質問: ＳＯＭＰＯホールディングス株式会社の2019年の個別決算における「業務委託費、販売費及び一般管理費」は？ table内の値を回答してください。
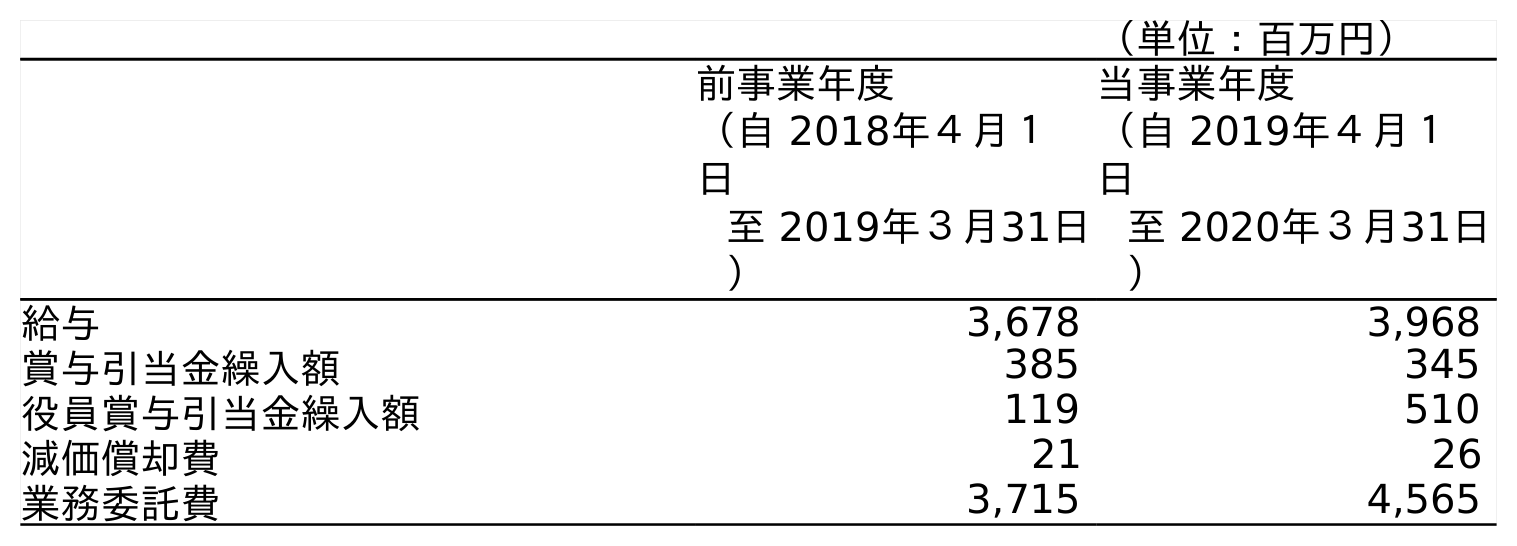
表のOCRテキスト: （単位：百万円） 前事業年度 （自 2018年４月１ 日 至 2019年３月31日 ） 当事業年度 （自 2019年４月１ 日 至 2020年３月31日 ） 給与 3,678 3,968 賞与引当金繰入額 385 345 役員賞与引当金繰入額 119 510 減価償却費 21 26 業務委託費 3,715 4,565
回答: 3,715